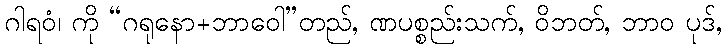
ဂါရဝံ၊ ကို “ဂရုနော+ဘာဝေါ”တည်, ဏပစ္စည်းသက်, ဝိဘတ်, ဘာဝ ပုဒ်,